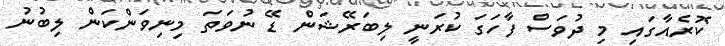
ކޮރެއާގައި މި ދުވަސް ފާހަގަ ކުރަނީ ލިބަރޭޝަން ޑޭ ނުވަތަ މިނިވަންކަން ލިބުނު